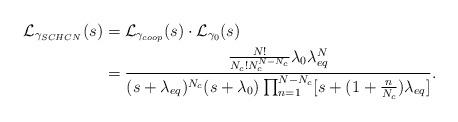
LaTeX: \begin{align*} \mathcal{L}_{\gamma_{SCHCN}}(s)&= \mathcal{L}_{\gamma_{coop}}(s)\cdot \mathcal{L}_{\gamma_{0}}(s) \\&=\frac{\frac{N!}{N_c!N_c^{N-N_c}}\lambda_{0}\lambda_{eq}^N}{ (s+\lambda_{eq})^{N_c} (s+\lambda_{0}) \prod_{n=1}^{N-N_c}[s+(1+\frac{n}{N_c})\lambda_{eq}]}. \end{align*}